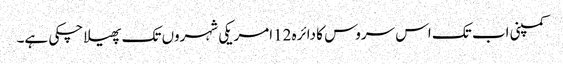
کمپنی اب تک اس سروس کا دائرہ 12امریکی شہروں تک پھیلا چکی ہے۔